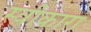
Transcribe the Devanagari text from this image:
स्‍वीकारा